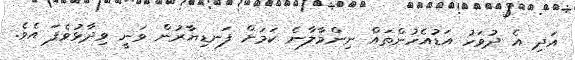
އަދި އެ ދުވަހު އަޑުއެހުންތައް ނިންމާލާނެ ކަމަށް ފަނޑިޔާރުން ވަނީ ވިދާޅުވެފަ އެވެ.